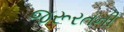
જરૂરતની